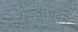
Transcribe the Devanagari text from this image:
गुड़लाचंदन